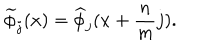
\widetilde { \phi } _ { j } ( x ) = \widehat { \phi } _ { j } ( x + \frac { n } { m } j ) .